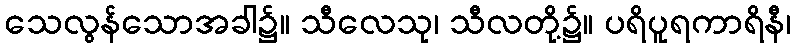
သေလွန်သောအခါ၌။ သီလေသု၊ သီလတို့၌။ ပရိပူရကာရိနီ၊